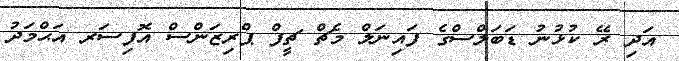
އަދި ރޭ ކުޅުނު ޑަބަލްސްގެ ފައިނަލް މެޗް ޗީފް ޕްރިޒަންސް އޮފިސަރ އަޙްމަދު